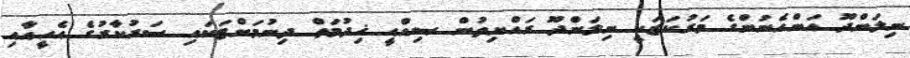
ނިލަންދޫ އަންހެނުންގެ މަރުކަޒަކީ ނިލަންދޫ ރައްޔިތުން ޞިއްޙީ ޚިދުމަތް ދިނުމަށްޓަކައި ސަރުކާރުގެ އެހީއާއި